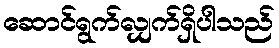
ဆောင်ရွက်လျှက်ရှိပါသည်